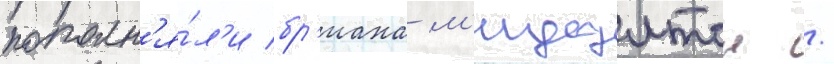
пополн'я́л'и бр'иана м'иддлтон /